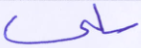
سلبي